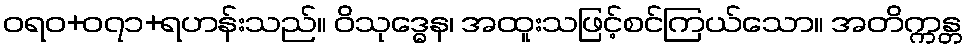
ဝရဝ+၀၇၁+ရဟန်းသည်။ ဝိသုဒ္ဓေန၊ အထူးသဖြင့်စင်ကြယ်သော။ အတိက္ကန္တ